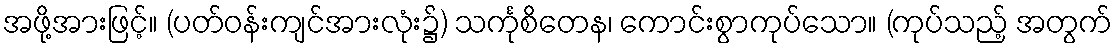
အဖို့အားဖြင့်။ (ပတ်ဝန်းကျင်အားလုံး၌) သင်္ကုစိတေန၊ ကောင်းစွာကုပ်သော။ (ကုပ်သည့် အတွက်